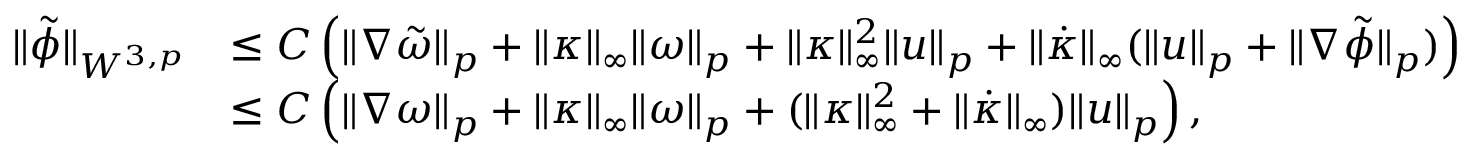
\begin{array} { r l } { \| \tilde { \phi } \| _ { W ^ { 3 , p } } } & { \leq C \left( \| \nabla \tilde { \omega } \| _ { p } + \| \kappa \| _ { \infty } \| \omega \| _ { p } + \| \kappa \| _ { \infty } ^ { 2 } \| u \| _ { p } + \| \dot { \kappa } \| _ { \infty } ( \| u \| _ { p } + \| \nabla \tilde { \phi } \| _ { p } ) \right) } \\ & { \leq C \left( \| \nabla \omega \| _ { p } + \| \kappa \| _ { \infty } \| \omega \| _ { p } + ( \| \kappa \| _ { \infty } ^ { 2 } + \| \dot { \kappa } \| _ { \infty } ) \| u \| _ { p } \right) , } \end{array}